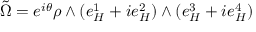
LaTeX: \tilde { \Omega } = e ^ { i \theta } \rho \wedge ( e _ { H } ^ { 1 } + i e _ { H } ^ { 2 } ) \wedge ( e _ { H } ^ { 3 } + i e _ { H } ^ { 4 } )